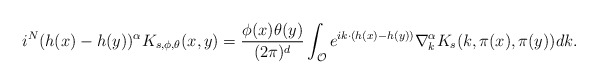
\begin{align*} i^{N}(h(x)-h(y))^{\alpha}K_{s,\phi,\theta}(x,y)=\frac{\phi(x)\theta(y)}{(2\pi)^d}\int_{\mathcal{O}} e^{ik\cdot (h(x)-h(y))}\nabla^{\alpha}_{k} K_s(k,\pi(x), \pi(y))dk.\end{align*}